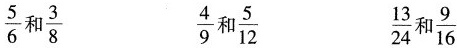
\frac{5}{6}和\frac{3}{8} \frac{4}{9}和\frac{5}{12} \frac{13}{24}和\frac{9}{16}